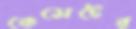
কেসেটের